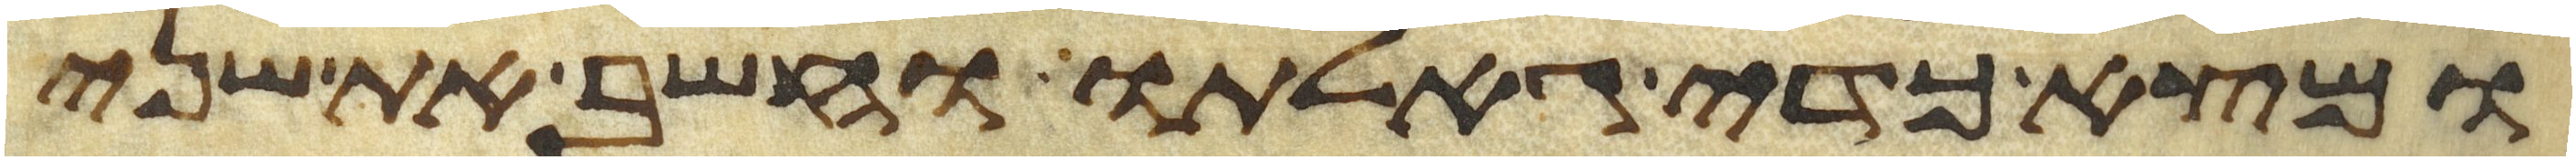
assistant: ומצא כדי גאלתו וחשב את שני